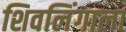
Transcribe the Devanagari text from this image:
शिवलिंगाला